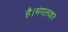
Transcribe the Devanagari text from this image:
है।मंगलवार